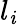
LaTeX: l_{\mathit{i}}